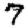
Digit: 7